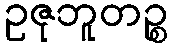
ဥဇုဘူတဉ္စ